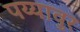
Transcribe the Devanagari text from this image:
पय्यावुर